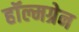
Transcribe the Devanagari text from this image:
हॉल्मग्रेन